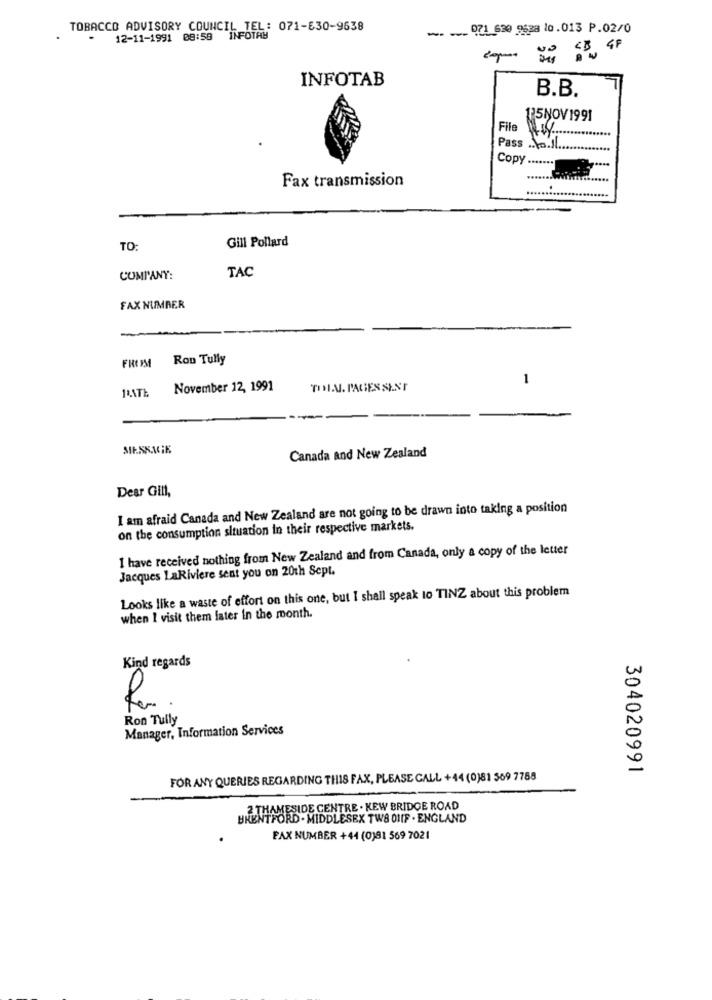
TOBACCO ADVISORY COUNCIL TEL: 071-630-9638
... ... 071 630 9528 10.013 P.02/0
12-11-1991 08:58 INFOTAM
INFOTAB
B.B.
125NOV1991
File
Pass .. \o.l.
Copy ..
Fax transmission
........
Gill Pollard
TO:
TAC
COMPANY:
FAX NUMBER
FROM Rou Tully
1
November 12, 1991
TIN. PAGES SENT
SIE.SKACHE
Canada and New Zealand
Dear Gill,
I am afraid Canada and New Zealand are not going to be drawn into taking a position
on the consumption situation in their respective markets.
I have received nothing from New Zealand and from Canada, only a copy of the letter
Jacques LaRiviere sent you on 20th Sept.
Looks like a waste of effort on this one, but I shall speak to TINZ about this problem
when I visit them later in the month.
Kind regards
Ron Tully
Manager, Information Services
304020991
FOR ANY QUERIES REGARDING THIS FAX, PLEASE CALL +44 (0)81 569 7788
2 THAMESIDE CENTRE . KEW BRIDGE ROAD
BRENTFORD . MIDDLESEX TW8 01IF . ENGLAND
FAX NUMBER +44 (0)81 569 7021